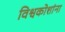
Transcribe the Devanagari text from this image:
विश्वकोशांना